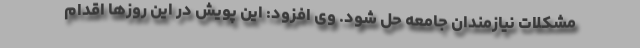
مشکلات نیازمندان جامعه حل شود. وی افزود: این پویش در این روزها اقدام